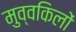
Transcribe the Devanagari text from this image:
मुव्वकिलों